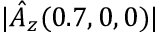
| \hat { A } _ { z } ( 0 . 7 , 0 , 0 ) |